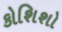
કોશિશો